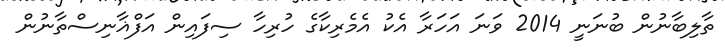
ތާލިބާނުން ބުނަނީ 2014 ވަނަ އަހަރާ އެކު އެމެރިކާގެ ހުރިހާ ސިފައިން އަފްޣާނިސްތާނުން